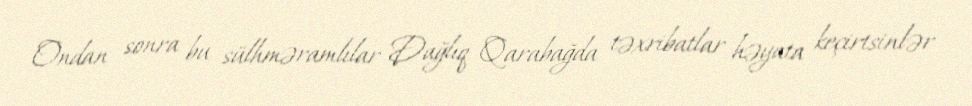
Ondan sonra bu sülhməramlılar Dağlıq Qarabağda təxribatlar həyata keçirtsinlər